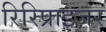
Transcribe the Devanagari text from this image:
रिरिप्राइजर